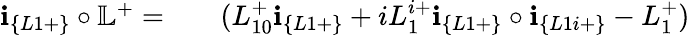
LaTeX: \begin{array}{rlr}{\textbf{i}_{\{ L1+\} }\circ\mathbb{L}^{+}=}&{{}}&{(L_{10}^{+}\textbf{i}_{\{ L1+\} }+iL_{1}^{i+}\textbf{i}_{\{ L1+\} }\circ\textbf{i}_{\{ L1i+\} }-L_{1}^{+})}\end{array}